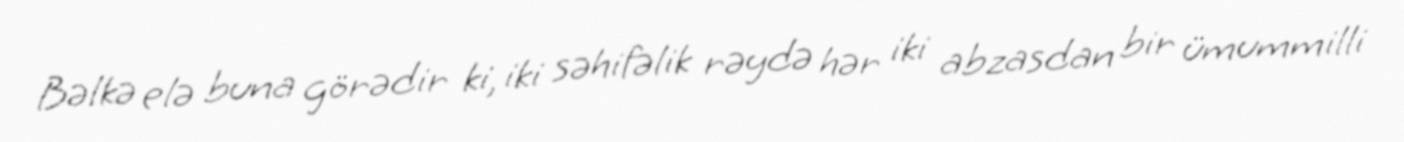
Bəlkə elə buna görədir ki, iki səhifəlik rəydə hər iki abzasdan bir ümummilli